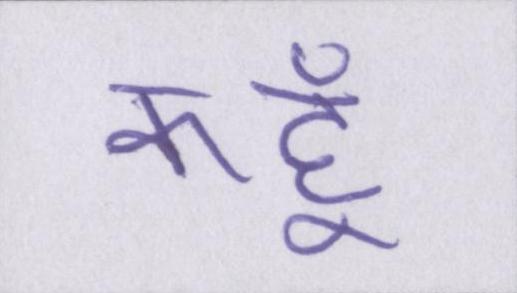
कहूँ